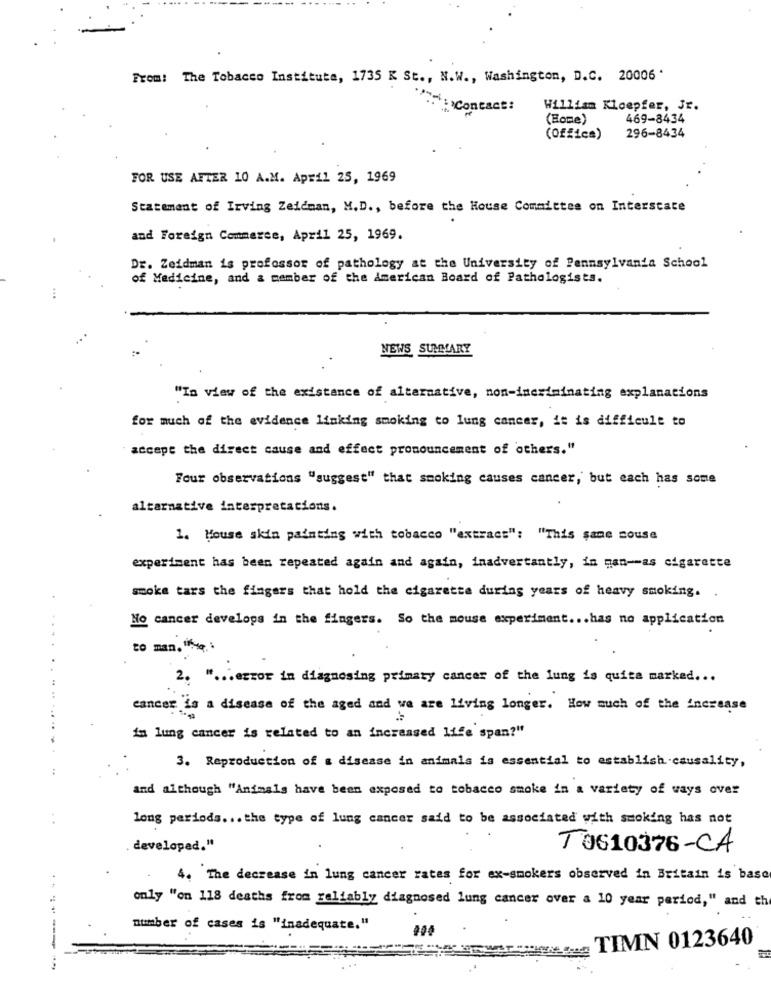
From: The Tobacco Institute, 1735 K St ., N.W ., Washington, D.C. 20006 '
. : )Contact:
William Kloepfer, Jr.
(Home)
469-8434
(Offics)
296-8434
FOR USE AFTER 10 A.M. April 25, 1969
Statement of Irving Zeidman, M.D ., before the House Committee on Interstate
and Foreign Commerce, April 25, 1969.
Dr. Zeidman is professor of pathology at the University of Pennsylvania School
of Medicine, and a member of the American Board of Pathologists.
NEWS SUMMARY
"In view of the existence of alternative, non-incriminating explanations
for much of the evidence linking smoking to lung cancer, it is difficult to
accept the direct cause and effect pronouncement of others."
Four observations "suggest" that smoking causes cancer, but each has some
alternative interpretations.
1. Mouse skin painting with tobacco "extract": "This same souse
experiment has been repeated again and again, inadvertantly, in man -- as cigarette
smoke tars the fingers that hold the cigarette during years of heavy smoking.
No cancer develops in the fingers. So the mouse experiment ... has no application
to man. "
2. " ... error in diagnosing primary cancer of the lung is quite marked ...
cancer is a disease of the aged and we are living longer. How much of the increase
im lung cancer is related to an increased life span?"
3. Reproduction of a disease in animals is essential to establish causality,
and although "Animals have been exposed to tobacco smoke in a variety of ways over
long periods ... the type of lung cancer said to be associated with smoking has not
developed."
T0610376-CA
4. The decrease in lung cancer rates for ex-smokers observed in Britain is base
only "on 118 deaths from reliably diagnosed lung cancer over a 10 year period," and the
number of cases is "inadequate."
TIMN 0123640
------